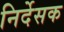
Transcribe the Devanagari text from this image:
निर्देसक